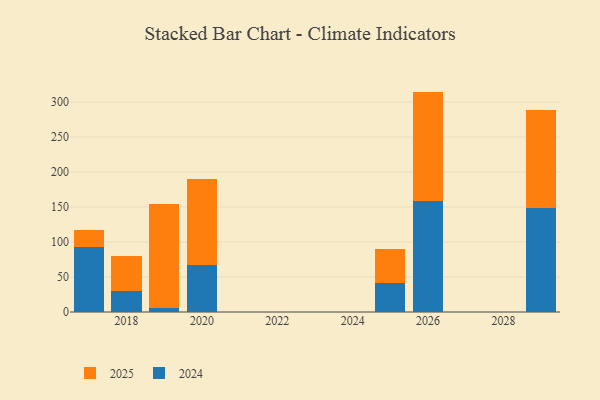
{"axis": {"x": "Year", "y": "Population (Million)"}, "legend": ["2024", "2025"], "data": [{"x": "2025", "y": 41.2, "type": "2024"}, {"x": "2025", "y": 49.5, "type": "2025"}, {"x": "2026", "y": 158.9, "type": "2024"}, {"x": "2026", "y": 156.0, "type": "2025"}, {"x": "2017", "y": 92.8, "type": "2024"}, {"x": "2017", "y": 24.2, "type": "2025"}, {"x": "2018", "y": 29.4, "type": "2024"}, {"x": "2018", "y": 51.3, "type": "2025"}, {"x": "2019", "y": 5.7, "type": "2024"}, {"x": "2019", "y": 148.8, "type": "2025"}, {"x": "2029", "y": 148.5, "type": "2024"}, {"x": "2029", "y": 140.0, "type": "2025"}, {"x": "2020", "y": 67.0, "type": "2024"}, {"x": "2020", "y": 122.6, "type": "2025"}]}